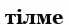
тілме